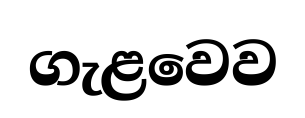
ගැළවෙව